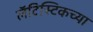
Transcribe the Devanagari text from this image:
लॅटिस्टिकच्या